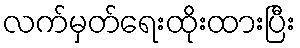
လက်မှတ်ရေးထိုးထားပြီး